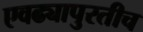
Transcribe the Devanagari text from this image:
एवढ्यापुरतीच